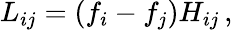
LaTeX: L_{ij}=\left(f_{i}-f_{j}\right)H_{ij}\, ,